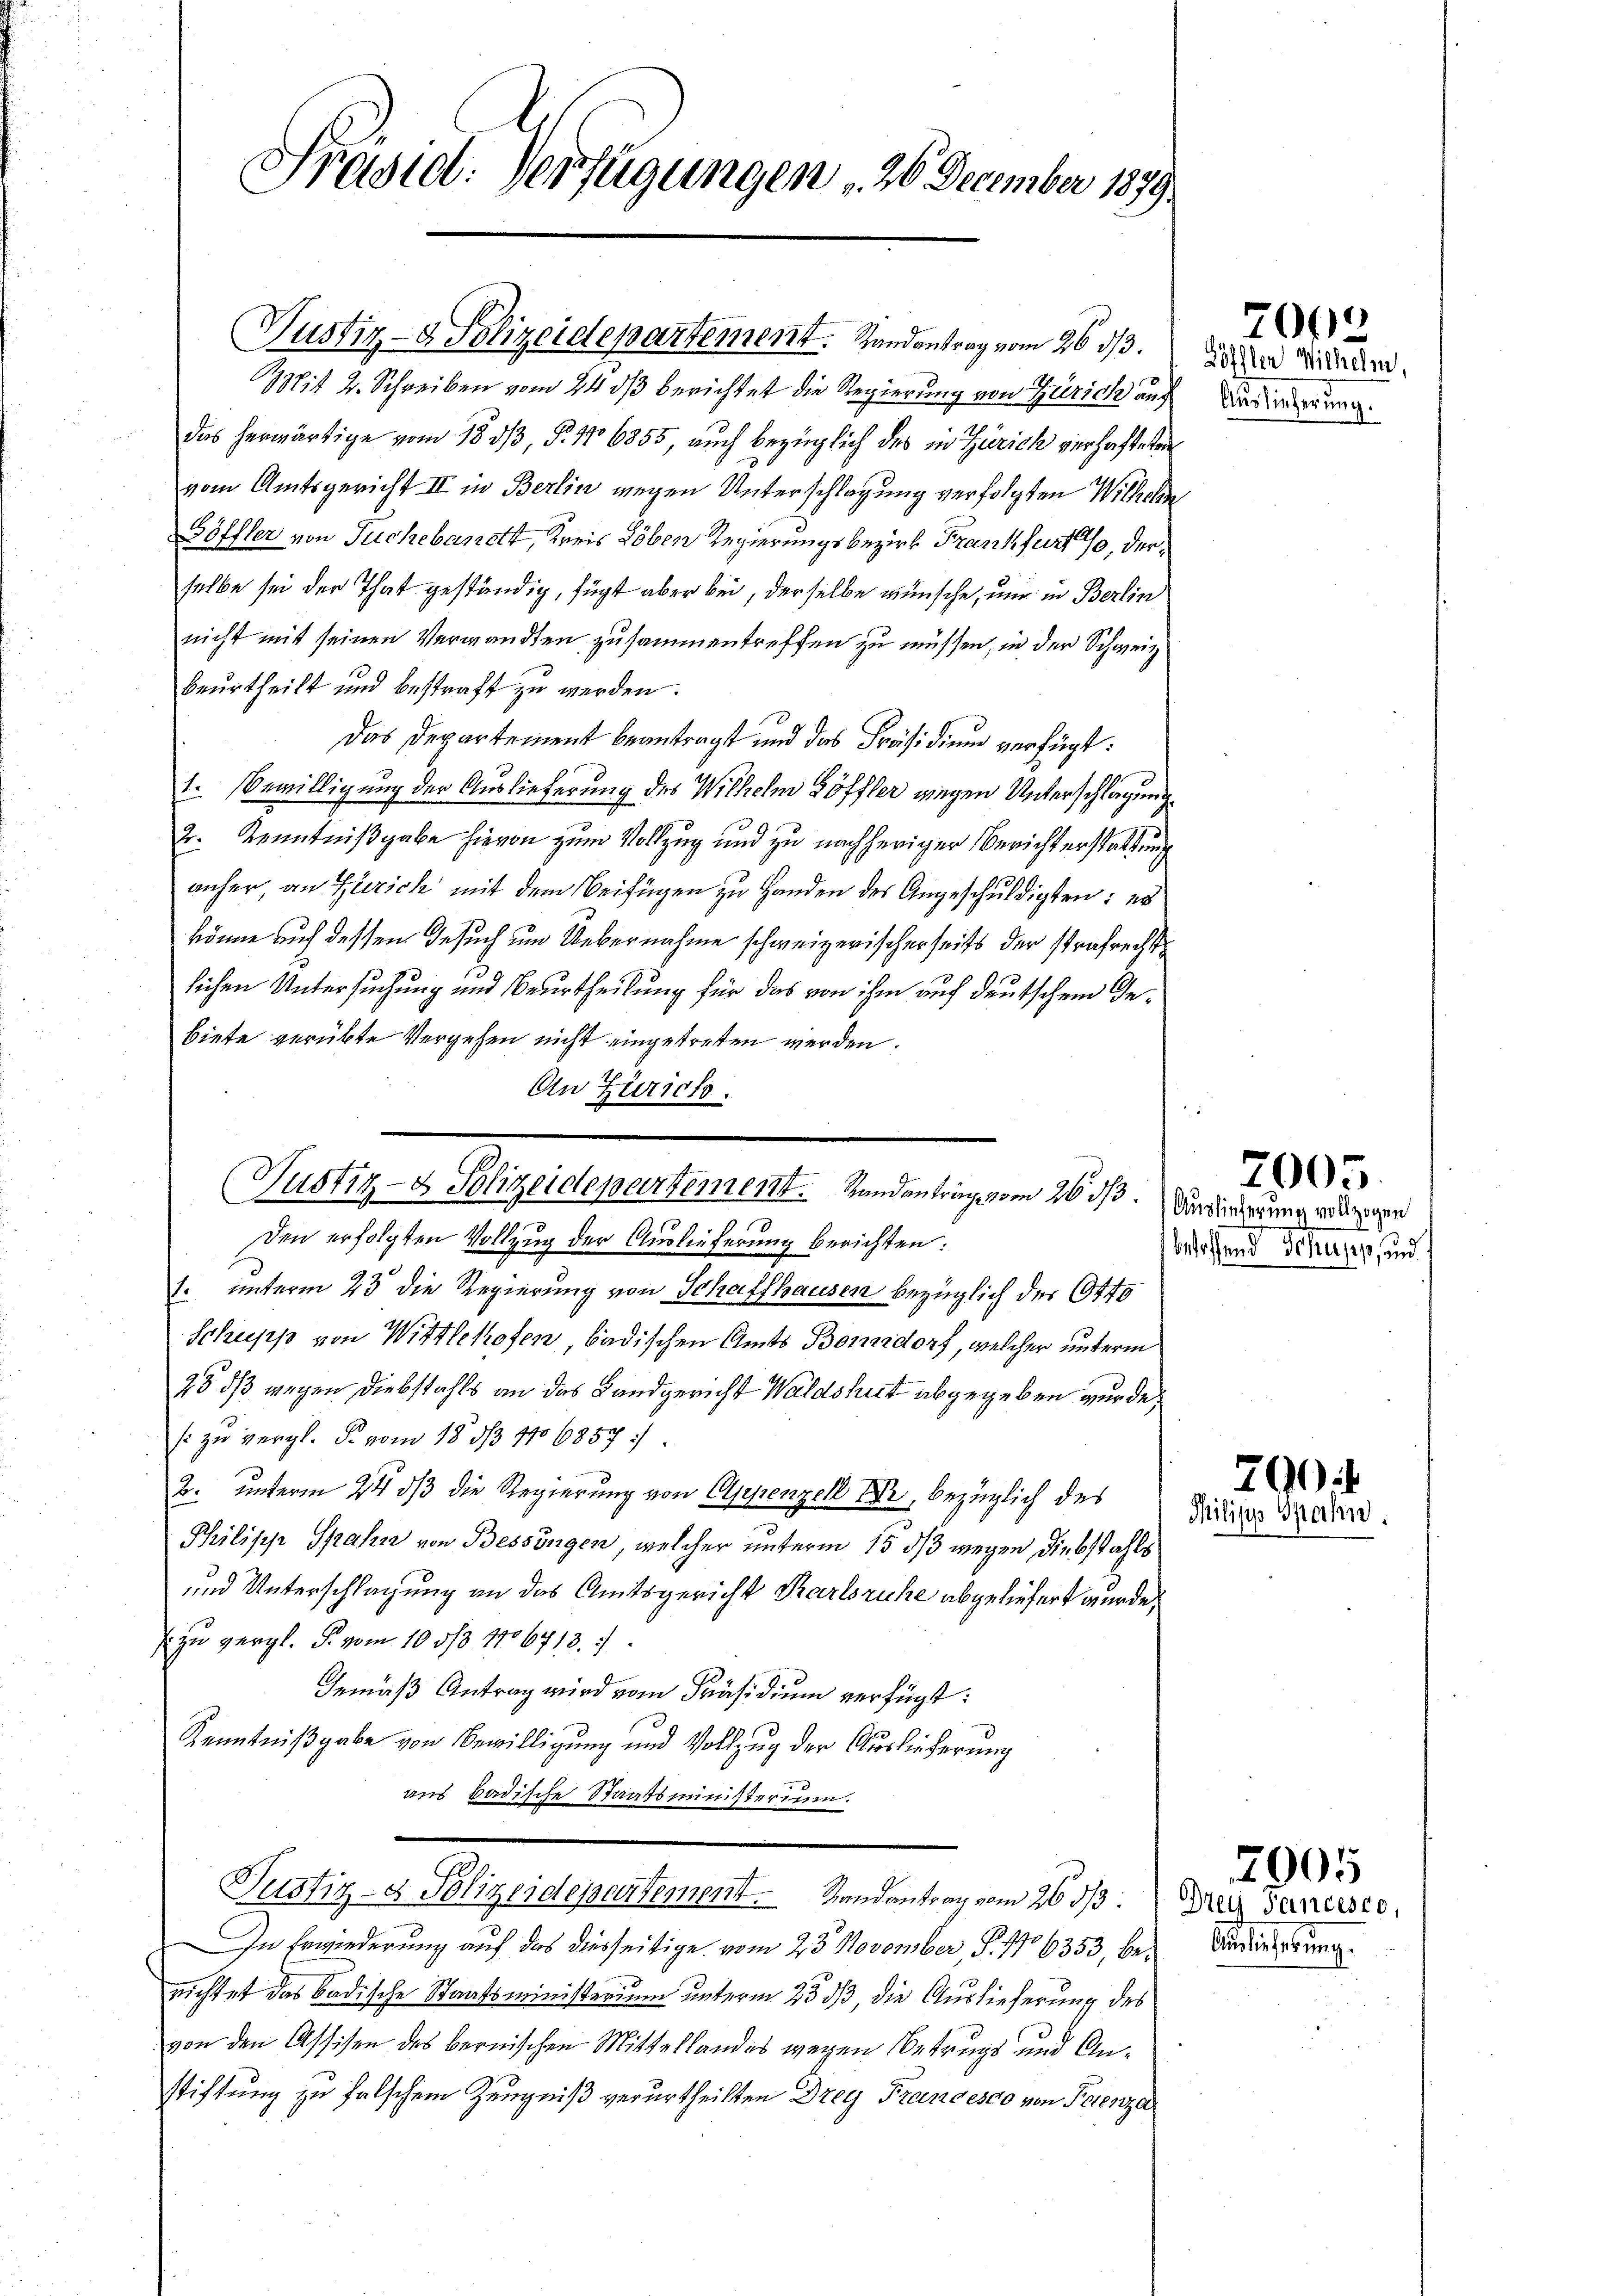
Präsid. Verfügungen 26. December 1879.

Justiz- & Polizeidepartement. Handantrag vom 26. ds.
Mit 2. Schreiben vom 24. dβ berichtet die Regierung von Zürich aus
das herwärtige vom 18. dβ, §. 116855, auch bezüglich des in Zürich verhafteten
vom Amtsgericht II in Berlin wegen Unterschlagung verfolgten Wilhelm
Göffler von Tuchebanett, Kreis Löben Regierungsbezirk Frankfurt, derselbe sei der That geständig, fügt aber bei, derselbe wünsche, nur in Berlin
nicht mit seinen Verwandten zusammentreffen zu müssen, in der Schweiz
beurtheilt und bestraft zu werden.
Das Departement beantragt und das Präsidium verfügt:
1. Bewilligung der Auslieferung des Wilhelm Löffler wegen Unterschlagung
2. Kenntnißgabe hievon zum Vollzug und zu nachheriger Berichterstattung
anher, an Zürich mit dem Beifügen zu Handen des Angeschuldigten: es
könne auf dessen Gesuch um Uebernahme schweizerischerseits der strafrechte
lichen Untersuchung und Beurtheilung für das von ihm auf deutschem Gebiete verübte Vergehen nicht eingetreten werden.
An Zürich.

Justiz- & Polizeidepartement. Randantrag vom 26. ds Audierung weder

Den erfolgten Vollzug der Auslieferung berichten:
1. unterm 23 die Regierung von Schaffhausen bezüglich der 19440
Schupp von Wittlekofen, badischen Amts Bonndorf, welcher unterm
25 dß wegen Diebstahls an das Landgericht Waldshut abgegeben wurde,
(: zu vergl. P. vom 18. d. 106857:
2. unterm 24. dβ die Regierung von Appenzek DDr., bezüglich des
Philisch Spahn von Bessingen, welcher unterm 15. ds wegen diebstahls
und Unterschlagung an das Amtsgericht Karlsruhe abgeliefert wurde,
 zu vergl. P. vom 10 3/3 1106713. 7
Gemäß Antrag wird vom Präsidium verfügt:
Kenntnißgabe von Bewilligung und Vollzug der Auslieferung
aus badische Staatsministerium.
Justiz- & Polizeidepartement. Randantrag vom 26. ds. Der Sanitste¬
In Erwiederung auf das diesseitige vom 23. November S. No 6353, berichtet das badische Staatsministerium unterm 23. ds, die Auslieferung des
von den Assisen des bernischen Mittellandes wegen Betrugs und Anstiftung zu falschem Zeugniß verurtheilten Drey Francesco von Petenza

e
betreffend Schupp, und

Löffler Wichelm
Auslieferung.

7000

7005.

7904
Mhilipp Gachn

Antlicherung.

7905